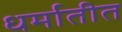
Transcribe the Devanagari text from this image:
धर्मातीत